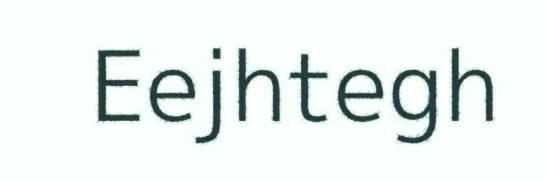
Eejhtegh